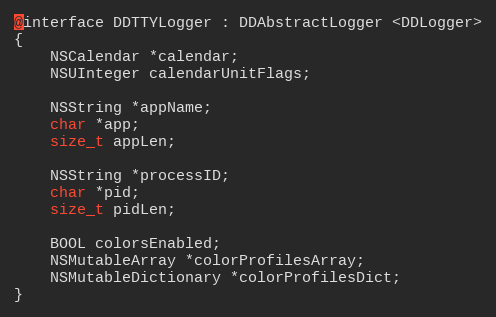
Language: C
@interface DDTTYLogger : DDAbstractLogger <DDLogger>
{
    NSCalendar *calendar;
    NSUInteger calendarUnitFlags;

    NSString *appName;
    char *app;
    size_t appLen;

    NSString *processID;
    char *pid;
    size_t pidLen;

    BOOL colorsEnabled;
    NSMutableArray *colorProfilesArray;
    NSMutableDictionary *colorProfilesDict;
}